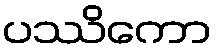
ပဿိကော